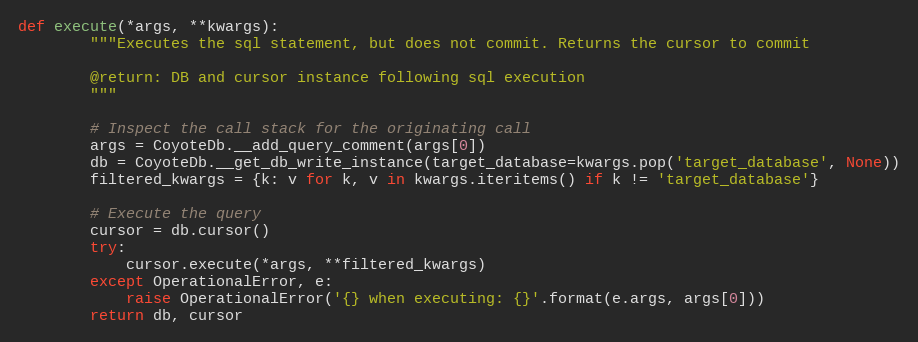
Language: Python
def execute(*args, **kwargs):
        """Executes the sql statement, but does not commit. Returns the cursor to commit

        @return: DB and cursor instance following sql execution
        """

        # Inspect the call stack for the originating call
        args = CoyoteDb.__add_query_comment(args[0])
        db = CoyoteDb.__get_db_write_instance(target_database=kwargs.pop('target_database', None))
        filtered_kwargs = {k: v for k, v in kwargs.iteritems() if k != 'target_database'}

        # Execute the query
        cursor = db.cursor()
        try:
            cursor.execute(*args, **filtered_kwargs)
        except OperationalError, e:
            raise OperationalError('{} when executing: {}'.format(e.args, args[0]))
        return db, cursor